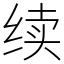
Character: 续